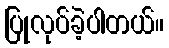
ပြုလုပ်ခဲ့ပါတယ်။